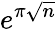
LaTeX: e^{\pi{\sqrt{n}}}